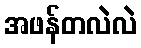
အဖန်တလဲလဲ